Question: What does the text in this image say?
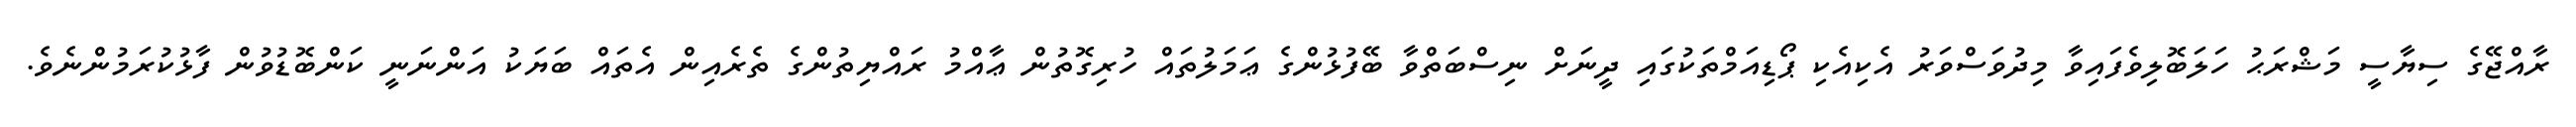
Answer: ރާއްޖޭގެ ސިޔާސީ މަޝްރަޙު ހަލަބޮލިވެފައިވާ މިދުވަސްވަރު އެކިއެކި ޕޯޑިއަމްތަކުގައި ދީނަށް ނިސްބަތްވާ ބޭފުޅުންގެ ޢަމަލުތައް ހުރިގޮތުން ޢާއްމު ރައްޔިތުންގެ ތެރެއިން އެތައް ބަޔަކު އަންނަނީ ކަންބޮޑުވުން ފާޅުކުރަމުންނެވެ.